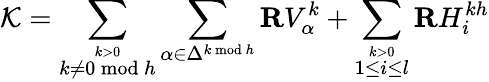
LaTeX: {\cal K}=\sum_{\stackrel{k>0}{k\neq 0\bmod h}}\sum_{\alpha\in\Delta^{k\bmod h}}{\mathbf R}V_{\alpha}^{k}+\sum_{\stackrel{k>0}{1\leq i\leq l}}{\mathbf R}H_{i}^{kh}